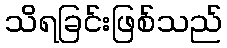
သိရခြင်းဖြစ်သည်